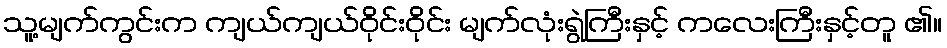
သူ့မျက်ကွင်းက ကျယ်ကျယ်ဝိုင်းဝိုင်း မျက်လုံးရွဲကြီးနှင့် ကလေးကြီးနှင့်တူ ၏။